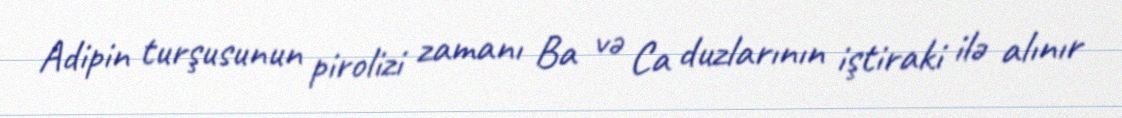
Adipin turşusunun pirolizi zamanı Ba və Ca duzlarının iştiraki ilə alınır